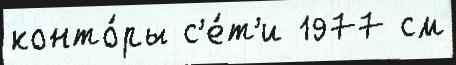
конто́ры с'е́т'и 1977 см